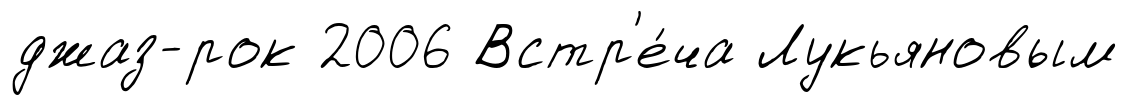
джаз-рок 2006 Встр'е́ча Лукьяновым